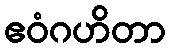
ဧဝံဂဟိတာ